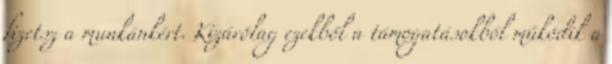
fizetsz a munkánkért. Kizárólag ezekből a támogatásokból működik a